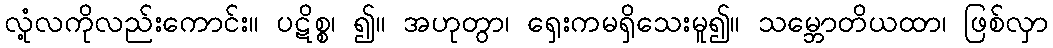
လုံ့လကိုလည်းကောင်း။ ပဋိစ္စ၊ ၍။ အဟုတွာ၊ ရှေးကမရှိသေးမူ၍။ သမ္ဘောတိယထာ၊ ဖြစ်လှာ